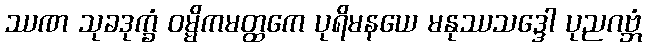
ဿဏ သုခဒုက္ခံ ဝမ္မိကမတ္ထကေ ပုရိမနယေ မနုဿသဒ္ဒေါ ပုညဂဗ္ဘံ